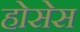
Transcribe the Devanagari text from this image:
होसेस